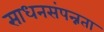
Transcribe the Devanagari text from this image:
साधनसंपन्नता